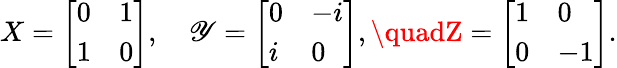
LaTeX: X=\left[\begin{array}{ll}{0}&{1}\\ {1}&{0}\end{array}\right],\quad\mathscr{Y}=\left[\begin{array}{ll}{0}&{-i}\\ {i}&{0}\end{array}\right],\quadZ=\left[\begin{array}{ll}{1}&{0}\\ {0}&{-1}\end{array}\right].